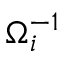
\Omega _ { i } ^ { - 1 }